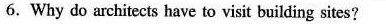
6.Why do architects have to visit building sites?